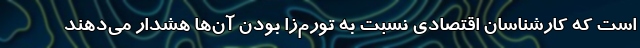
است که کارشناسان اقتصادی نسبت به تورم‌زا بودن آن‌ها هشدار می‌دهند